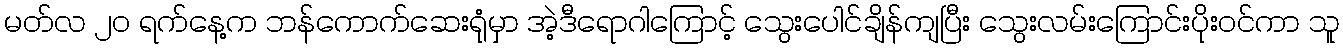
မတ်လ ၂၀ ရက်နေ့က ဘန်ကောက်ဆေးရုံမှာ အဲ့ဒီရောဂါကြောင့် သွေးပေါင်ချိန်ကျပြီး သွေးလမ်းကြောင်းပိုးဝင်ကာ သူ